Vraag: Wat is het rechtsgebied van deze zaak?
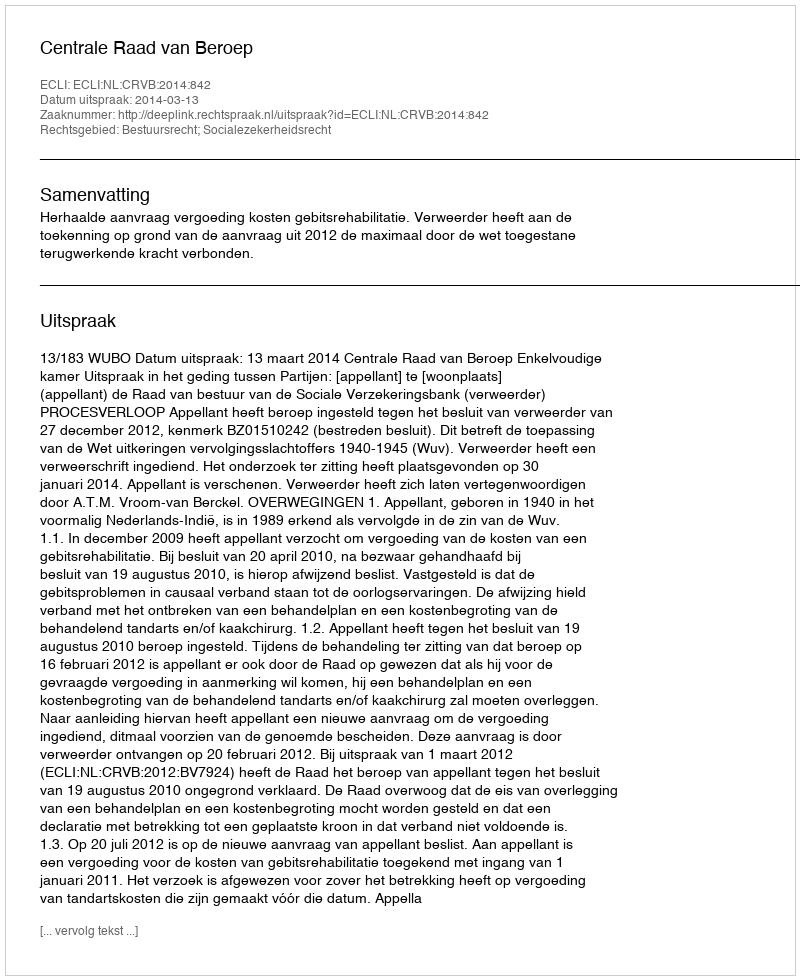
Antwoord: Bestuursrecht; Socialezekerheidsrecht